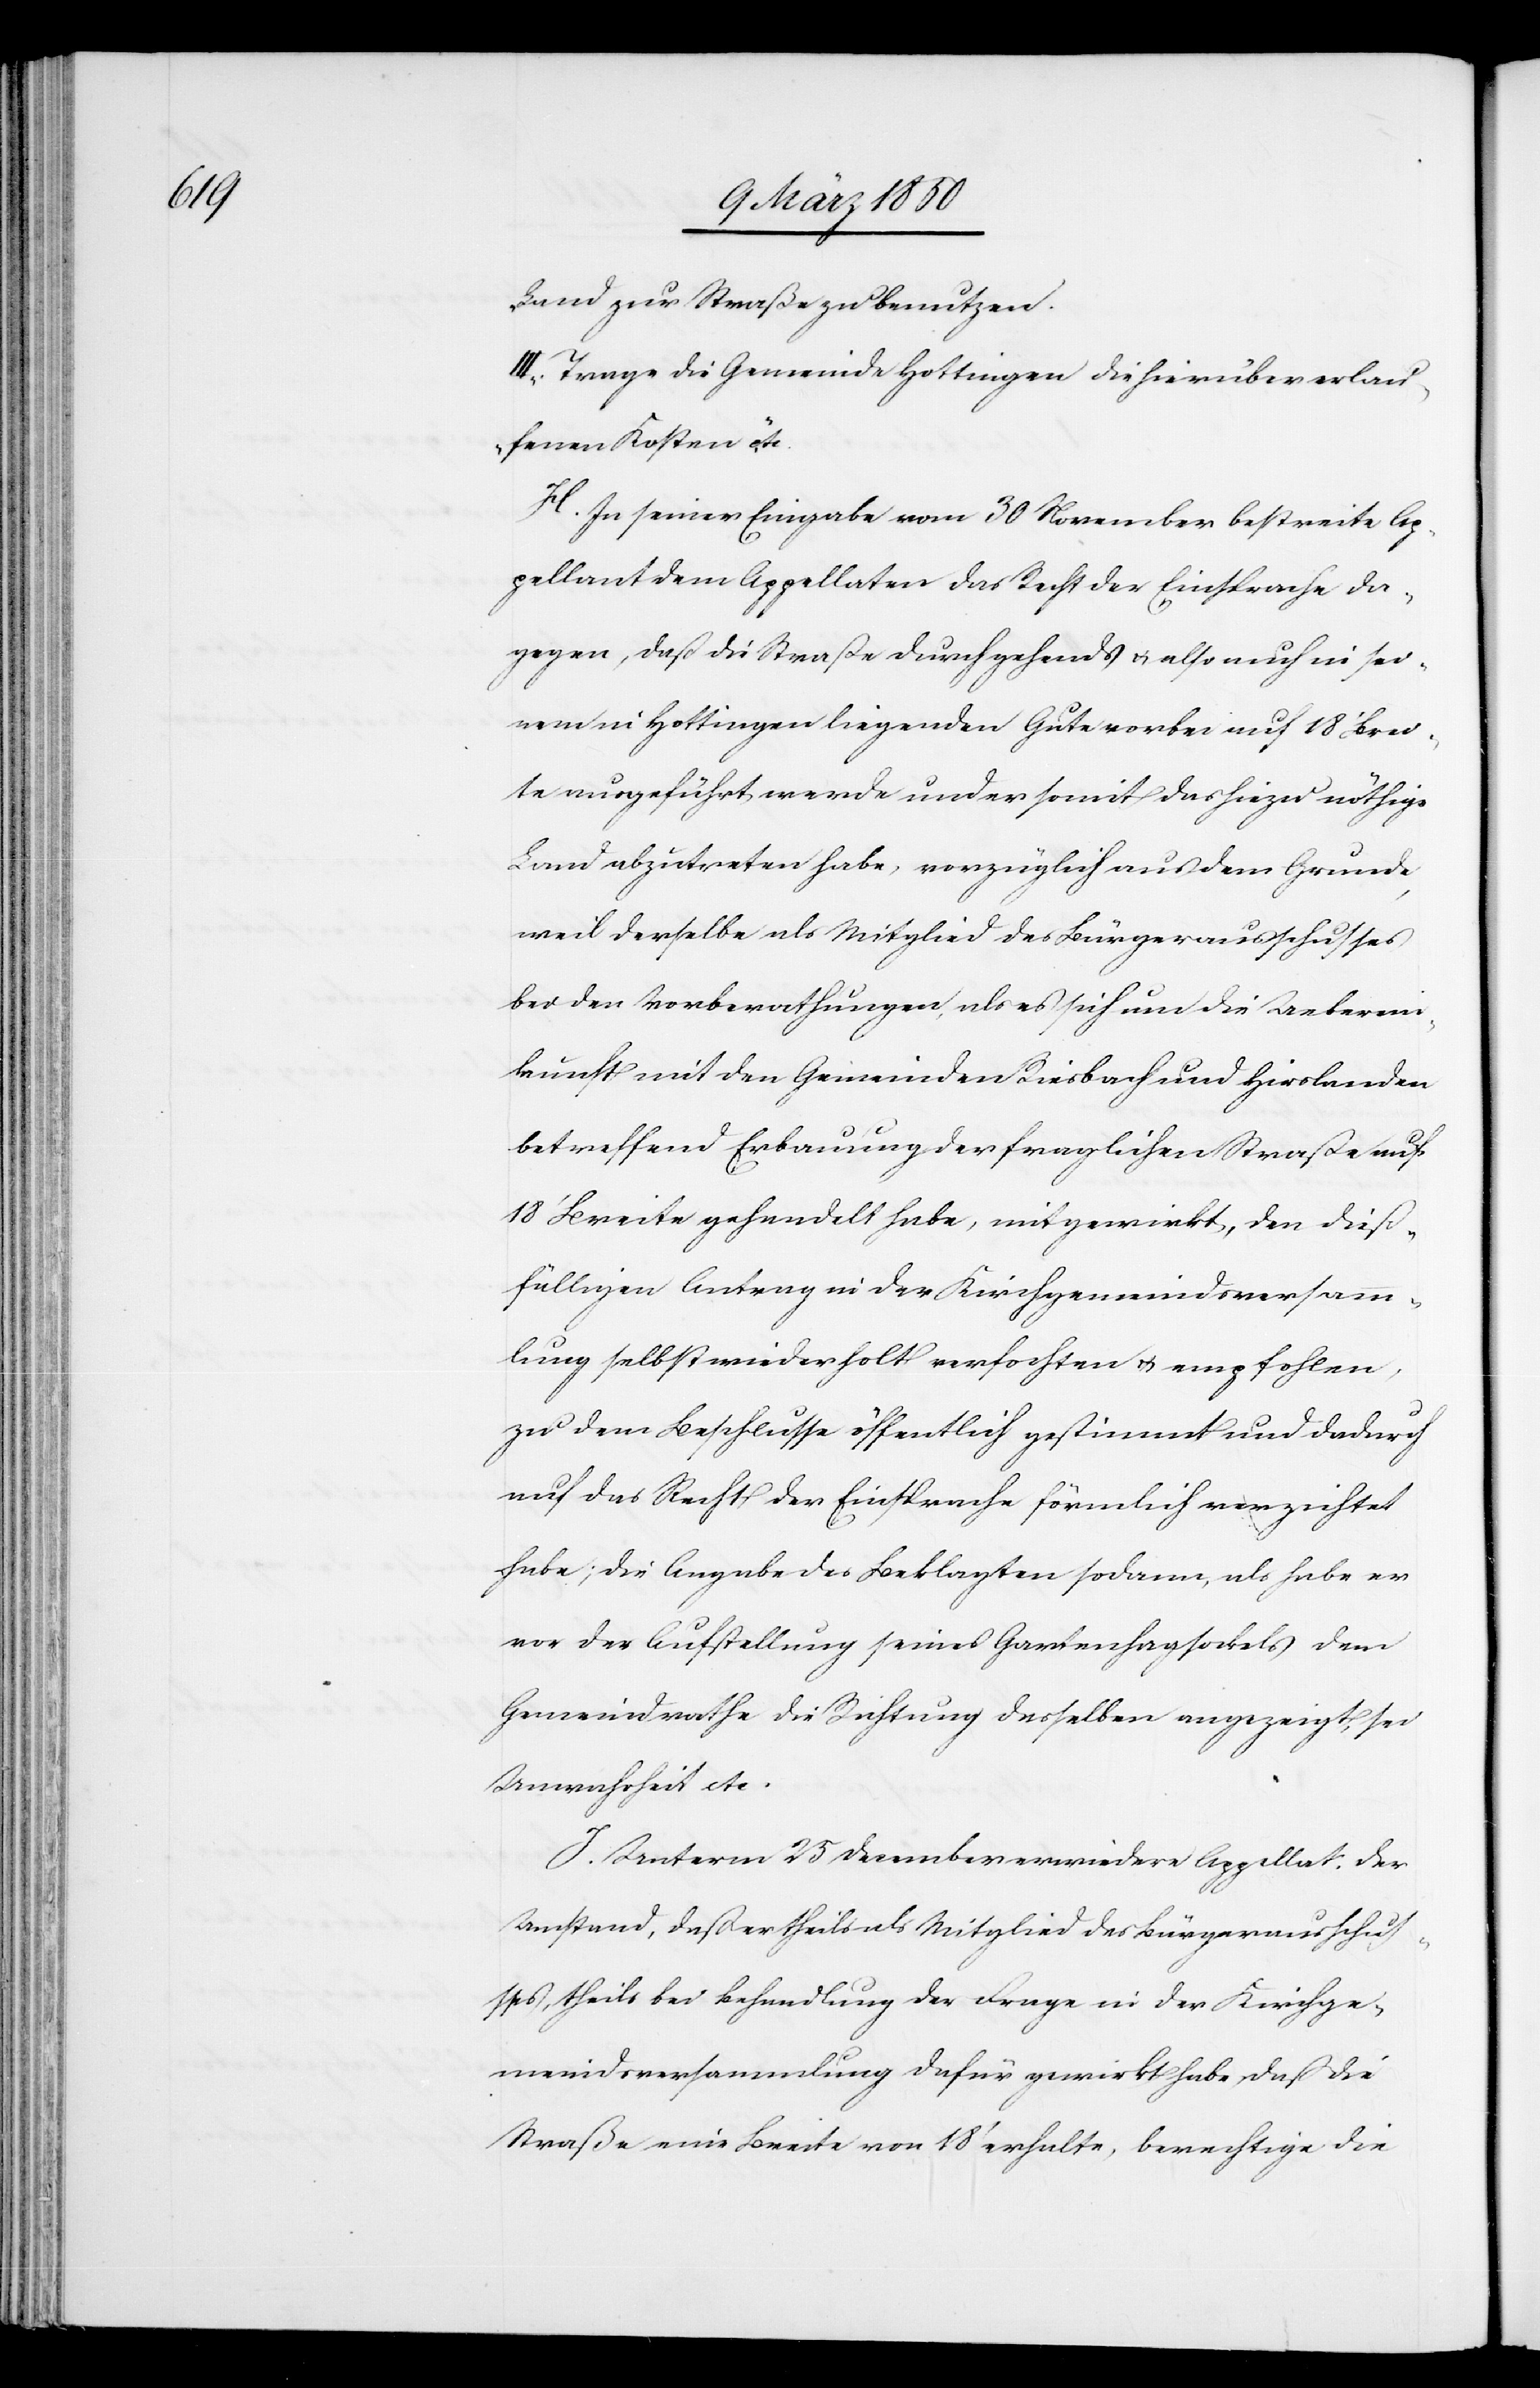
Land zur Straße zu benutzen.
III. Trage die Gemeinde Hottingen die hierüber erlau¬
fenen Kosten“ etc.
H. In seiner Eingabe vom 30 November bestreite Ap¬
pellant dem Appellaten das Recht der Einsprache da¬
gegen, daß die Straße durchgehend u. also auch in sei¬
nem in Hottingen liegenden Gute vorbei auf 18ʼ Brei¬
te ausgeführt werde und er somit das hiezu nöthige
Land abzutreten habe, vorzüglich aus dem Grunde,
weil derselbe als Mitglied des Bürgerausschusses
bei den Vorberathungen, als es sich um die Ueberein¬
kunft mit den Gemeinden Riesbach und Hirslanden
betreffend Erbauung der fraglichen Straße auf
18ʼ Breite gehandelt habe, mitgewirkt, den dieß¬
fälligen Antrag in der Kirchgemeindsversamm¬
lung selbst wiederholt verfochten u. empfohlen,
zu dem Beschlusse öffentlich gestimmt und dadurch
auf das Recht der Einsprache förmlich verzichtet
habe; die Angabe des Beklagten sodann, als habe er
vor der Aufstellung seines Gartenhagsockels dem
Gemeindrathe die Richtung desselben angezeigt, sei
Unwahrheit etc.
J. Unterm 25 December erwiedere Appellat: Der
Umstand, daß er theils als Mitglied des Bürgerausschus¬
ses, theils bei Behandlung der Frage in der Kirchge¬
meindsversammlung dafür gewirkt habe, daß die
Straße eine Breite von 18ʼ erhalte, berechtige die